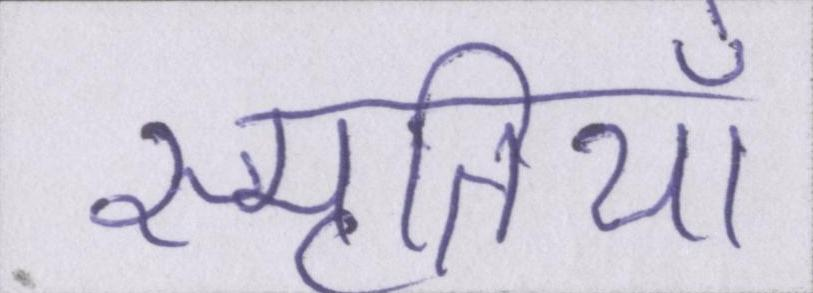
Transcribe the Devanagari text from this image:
स्मृतियाँ